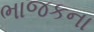
ભાજકના